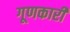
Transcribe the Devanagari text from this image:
गूणकारी